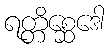
ရတ္တိစ္ဆေဒေါ